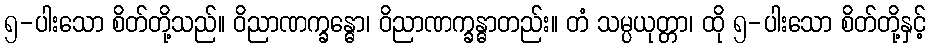
၅-ပါးသော စိတ်တို့သည်။ ဝိညာဏက္ခန္ဓော၊ ဝိညာဏက္ခန္ဓာတည်း။ တံ သမ္ပယုတ္တာ၊ ထို ၅-ပါးသော စိတ်တို့နှင့်